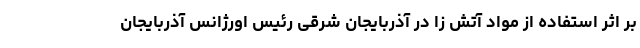
بر اثر استفاده از مواد آتش زا در آذربایجان شرقی رئیس اورژانس آذربایجان